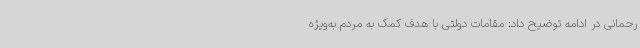
رحمانی در ادامه توضیح داد: مقامات دولتی با هدف کمک به مردم به‌ویژه